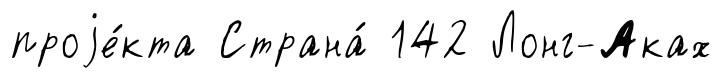
проjе́кта Страна́ 142 Лонг-Аках